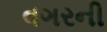
વગરની